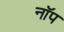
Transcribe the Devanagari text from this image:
नॉप